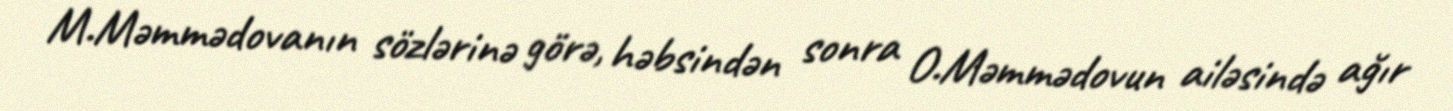
M.Məmmədovanın sözlərinə görə, həbsindən sonra O.Məmmədovun ailəsində ağır